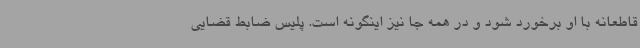
قاطعانه با او برخورد شود و در همه جا نیز اینگونه است. پلیس ضابط قضایی